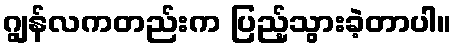
ဂျွန်လကတည်းက ပြည့်သွားခဲ့တာပါ။